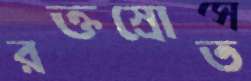
রক্তস্রোত